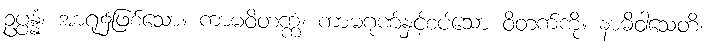
ဥပ္ပန္နံ၊ အာရုံ၌ဖြစ်သော။ ကာမဝိတက္ကံ၊ ကာမဂုဏ်နှင့်စပ်သော ဝိတက်ကို။ နာဓိဝါသေတိ၊